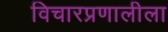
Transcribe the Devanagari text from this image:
विचारप्रणालीला